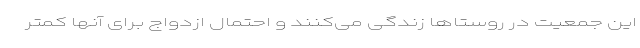
این جمعیت در روستاها زندگی می‌کنند و احتمال ازدواج برای آنها کمتر